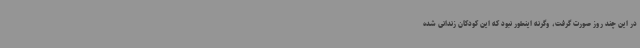
در این چند روز صورت گرفت، وگرنه اینطور نبود که این کودکان زندانی شده